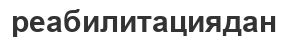
реабилитациядан